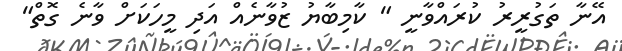
އޭނާ ތަގުރީރު ކުރައްވާނީ " ކާމިބާޔު ޒުވާނެއް އަދި މީހަކަށް ވާނެ ގޮތް"